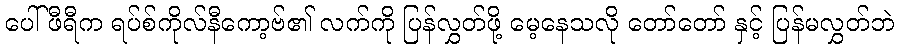
ပေါ်ဖီရီက ရပ်စ်ကိုလ်နီကော့ဗ်၏ လက်ကို ပြန်လွှတ်ဖို့ မေ့နေသလို တော်တော် နှင့် ပြန်မလွှတ်ဘဲ